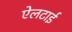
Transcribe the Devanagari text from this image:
ऐलटाई